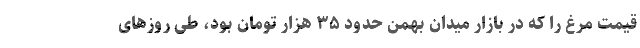
قیمت مرغ را که در بازار میدان بهمن حدود ۳۵ هزار تومان بود، طی روزهای